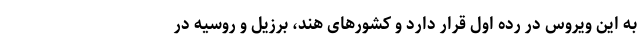
به این ویروس در رده اول قرار دارد و کشورهای هند، برزیل و روسیه در